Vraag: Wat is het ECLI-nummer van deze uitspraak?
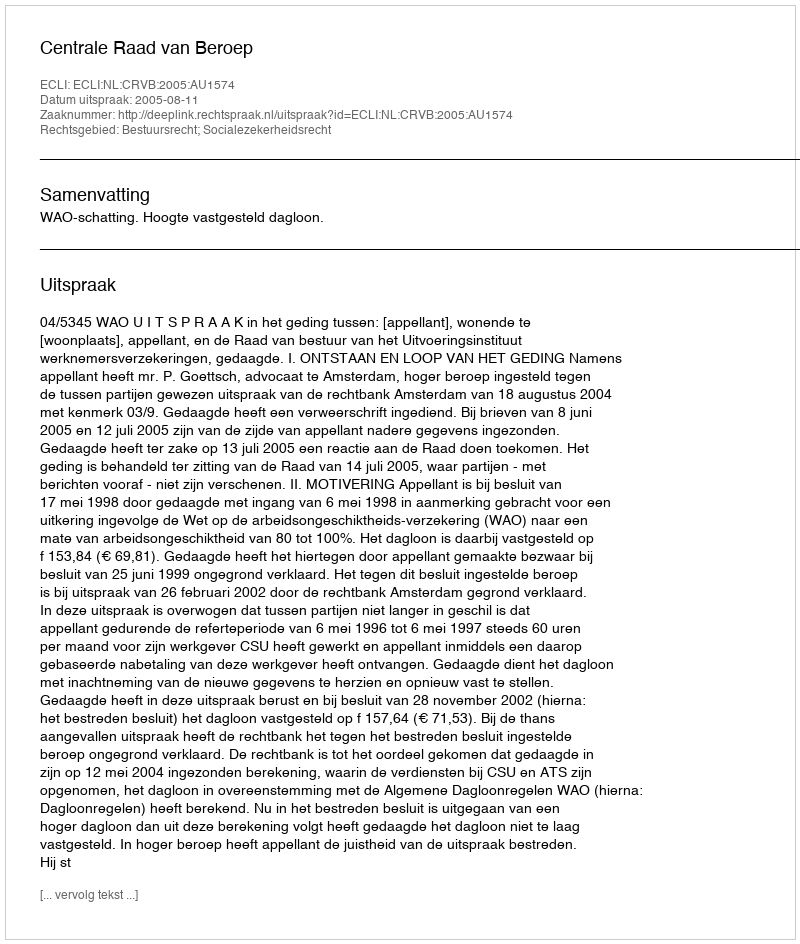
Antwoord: ECLI:NL:CRVB:2005:AU1574